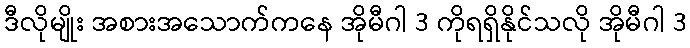
ဒီလိုမျိုး အစားအသောက်ကနေ အိုမီဂါ 3 ကိုရရှိနိုင်သလို အိုမီဂါ 3